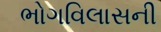
ભોગવિલાસની